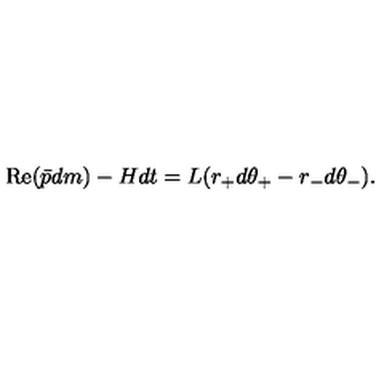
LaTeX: \mathrm { R e } ( \bar { p } d m ) - H d t = L ( r _ { + } d \theta _ { + } - r _ { - } d \theta _ { - } ) .